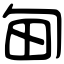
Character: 甸